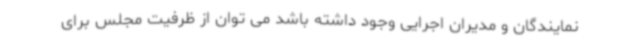
نمایندگان و مدیران اجرایی وجود داشته باشد می توان از ظرفیت مجلس برای